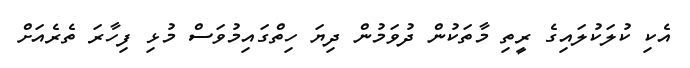
އެކި ކުލަކުލައިގެ ރީތި މާތަކުން ދުވަމުން ދިޔަ ހިތްގައިމުވަސް މުޅި ފިހާރަ ތެރެއަށް